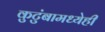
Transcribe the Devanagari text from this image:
कुटुंबामध्येही